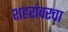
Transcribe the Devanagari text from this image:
शहरांवरचा